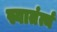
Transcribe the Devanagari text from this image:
स्वातंर्त्य